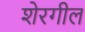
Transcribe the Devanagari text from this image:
शेरगील